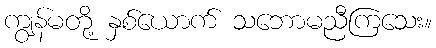
ကျွန်မတို့ နှစ်ယောက် သဘောမညီကြသေး။